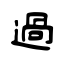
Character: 過